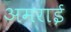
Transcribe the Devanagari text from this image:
अमराई